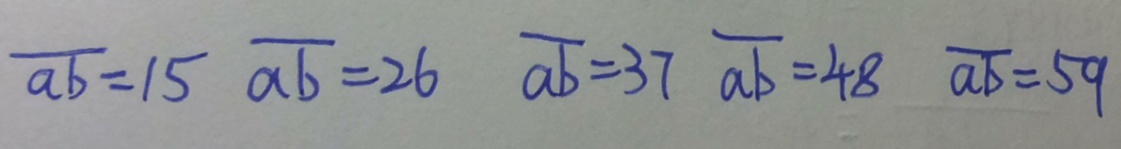
\overline { a b } = 1 5 \overline { a b } = 2 6 \overline { a b } = 3 7 \overline { a b } = 4 8 \overline { a b } = 5 9